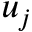
u _ { j }